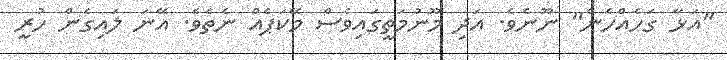
"އަޅާ ގަހެއްހެން" ނޫނެވެ. އަދި މޫނުމަތީގައިވެސް މޭކަޕެއް ނެތެވެ. އޭނަ ލައިގެން ހުރީ